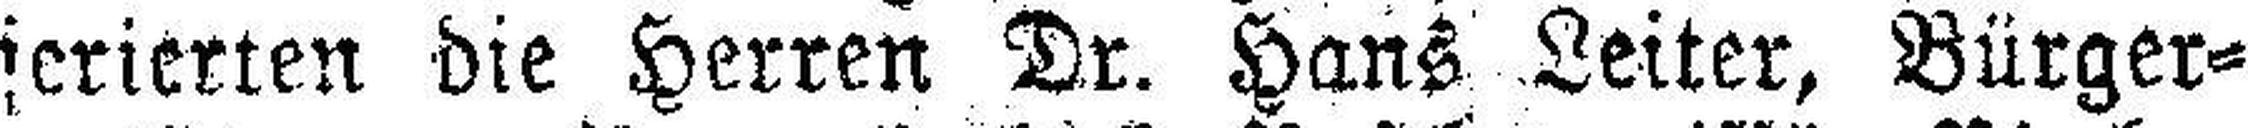
ferierten die Herren Dr. Hans Leiter, Bürger¬